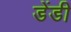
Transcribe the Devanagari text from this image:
डेंडी